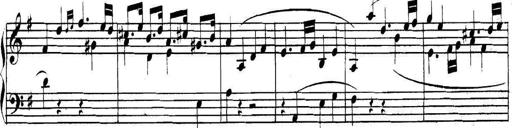
Title: Collected Piano Sonatas
Composer: Muzio Clementi